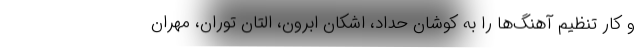
و کار تنظیم آهنگ‌ها را به کوشان حداد، اشکان ابرون، التان توران، مهران